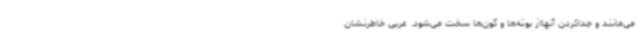
می‌مانند و جداکردن آنهااز بوته‌ها و گون‌ها سخت می‌شود. عربی خاطرنشان